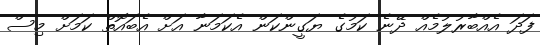
ފަދަ އެއްބާރުލުމެއް ދޭނެ ކަމުގެ ޔަގީންކަން އެކަމަނާ އަށް އެބައޮތް ކަމަށް މިސް